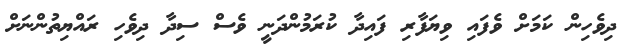
ދިވެހިން ކަމަށް ވެފައި ވިޔަފާރި ފައިދާ ކުރަމުންދަނީ ވެސް ސިދާ ދިވެހި ރައްޔިތުންނަށް